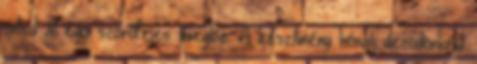
öntsd át egy szórófejes üvegbe. A készítmény hónalj dezodorként